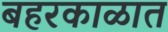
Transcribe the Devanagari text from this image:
बहरकाळात